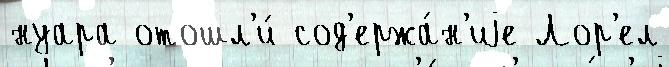
нуара отошл'и́ сод'ержа́н'иjе Лор'ел